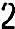
2